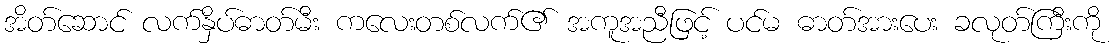
အိတ်ဆောင် လက်နှိပ်ဓာတ်မီး ကလေးတစ်လက်၏ အကူအညီဖြင့် ပင်မ ဓာတ်အားပေး ခလုတ်ကြီးကို